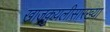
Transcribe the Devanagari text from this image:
खाजकुयलीसारख्या